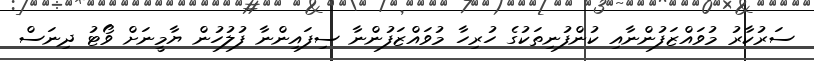
ސަރުކާރު މުވައްޒަފުންނާއި ކުންފުނިތަކުގެ ހުރިހާ މުވައްޒަފުންނާ ސިފައިންނާ ފުލުހުން ޔާމީނަށް ވޯޓު ދިނަސް